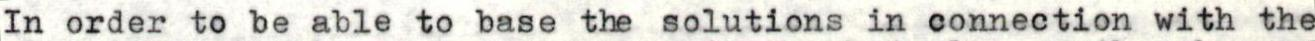
In order to be able to base the solutions in connection with the